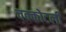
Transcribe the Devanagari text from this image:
चक्कोटली